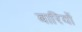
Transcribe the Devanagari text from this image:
बारियों